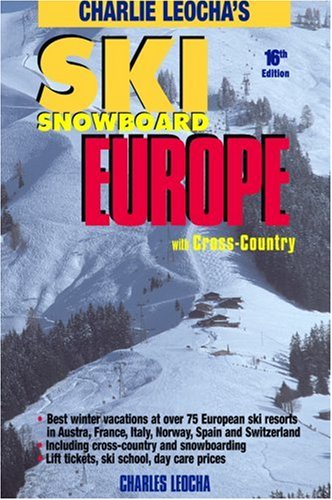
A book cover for Leocha's Ski Snowboard Europe: Winter Resorts in Austria, France, Italy, Switzerland, Spain & Andorra (Ski Snowboard Europe); Charles Leocha; Sports & Outdoors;